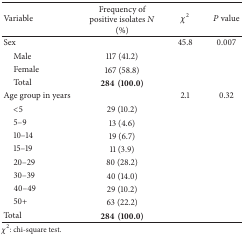
<table><thead><tr><td><b>Variable </b></td><td><b>Frequency of positive isolates <i>N</i> (%)</b></td><td><b><i>χ</i><sup>2</sup></b></td><td><b>P value</b></td></tr></thead><tbody><tr><td>Sex</td><td> </td><td>45.8</td><td>0.007</td></tr><tr><td> Male</td><td>117 (41.2)</td><td> </td><td> </td></tr><tr><td> Female</td><td>167 (58.8)</td><td> </td><td> </td></tr><tr><td> Total</td><td><b>284(100.0)</b></td><td> </td><td> </td></tr><tr><td>Age group in years</td><td> </td><td>2.1</td><td>0.32</td></tr><tr><td> &lt;5 </td><td>29 (10.2)</td><td> </td><td> </td></tr><tr><td> 5–9</td><td>13 (4.6)</td><td> </td><td> </td></tr><tr><td> 10–14</td><td>19 (6.7)</td><td> </td><td> </td></tr><tr><td> 15–19</td><td>11 (3.9)</td><td> </td><td> </td></tr><tr><td> 20–29</td><td>80 (28.2)</td><td> </td><td> </td></tr><tr><td> 30–39</td><td>40 (14.0)</td><td> </td><td> </td></tr><tr><td> 40–49</td><td>29 (10.2)</td><td> </td><td> </td></tr><tr><td> 50+</td><td>63 (22.2)</td><td> </td><td> </td></tr><tr><td>Total </td><td><b>284(100.0)</b></td><td> </td><td> </td></tr></tbody></table>